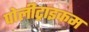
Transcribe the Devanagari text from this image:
पोलीट्राइकम